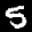
Label: 5